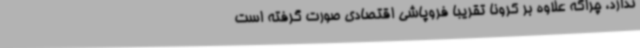
ندارد، چراکه علاوه بر کرونا تقریباً فروپاشی اقتصادی صورت گرفته است